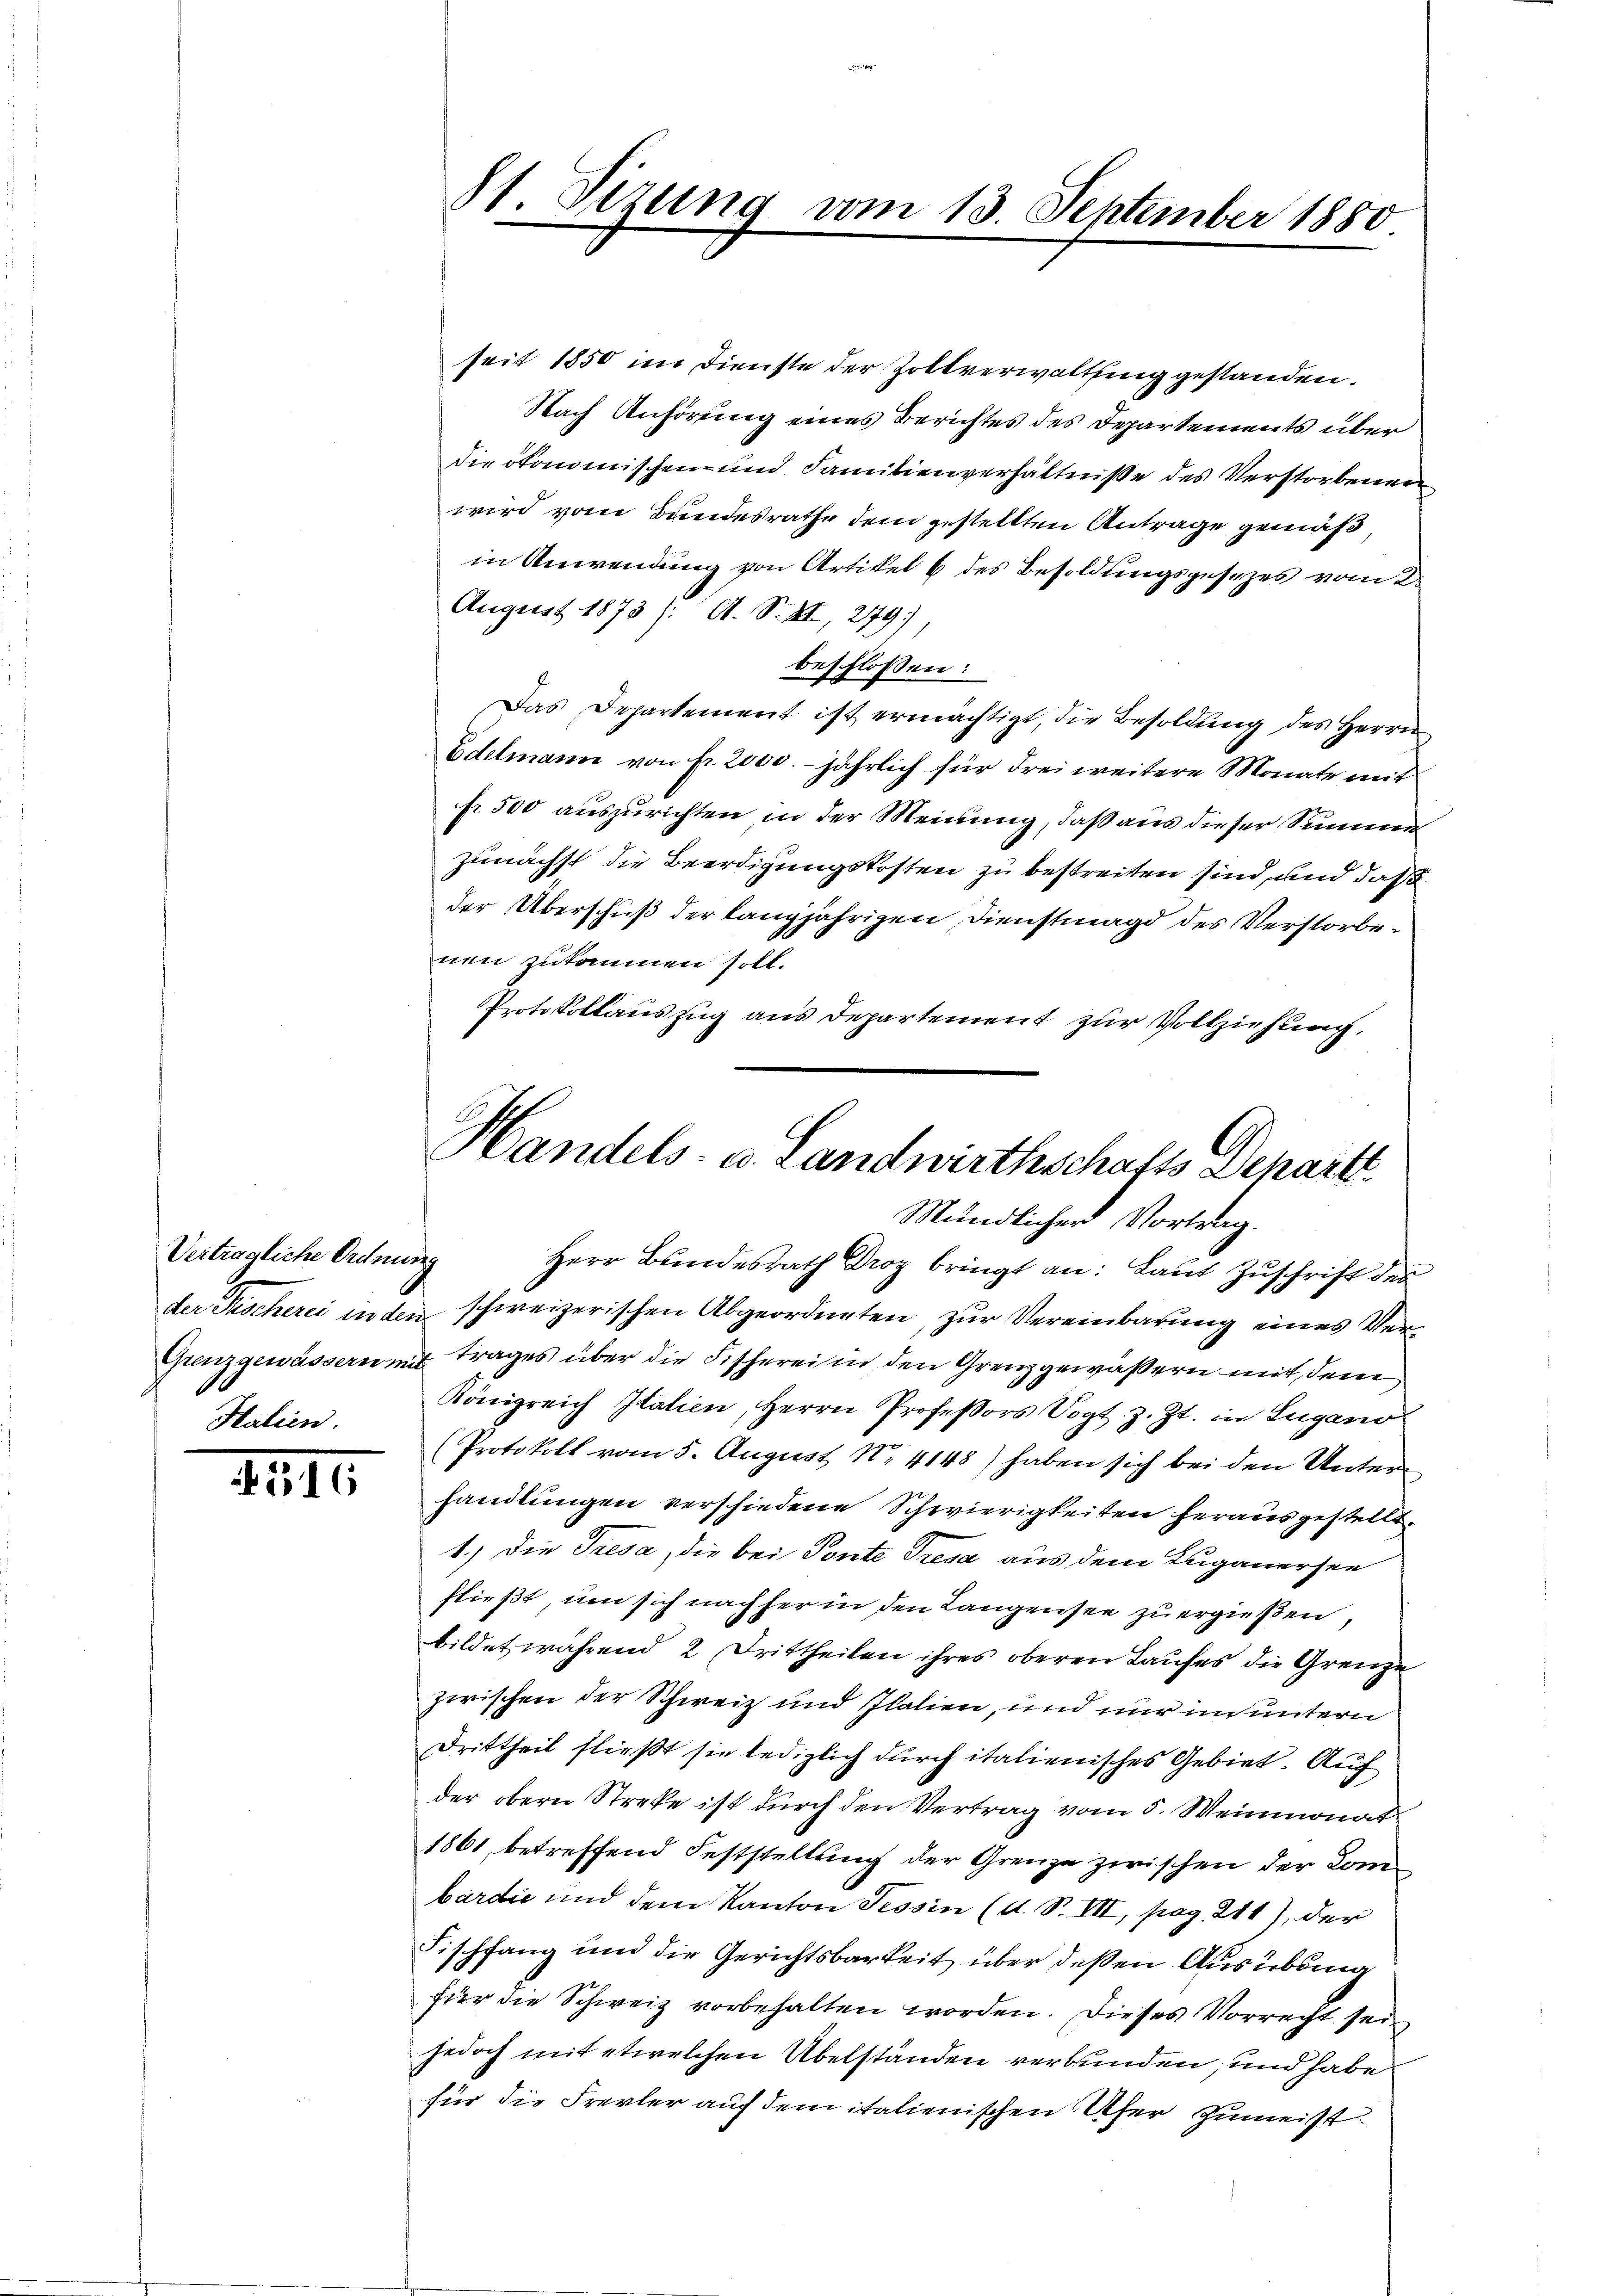
Vertragliche Ordnung
Stalien.

111.

seit 1850 im Dienste der Zollverwaltung gestanden.
Nach Anhörung eines Berichtes des Departements über
die ökonomischen- und Familienverhältniße des Verstorbenen
wird vom Bandesrathe dem gestellten Antrage gemäß,
in Anwendung von Artikel 6 des Besoldungsgesetzes vom 2.
August 1873 /: A. S. XI, 279)
beschlossen:
Das Departement ist ermächtigt, die Besoldŭng des Herrn
Edelmann von fr. 2000. jährlich für drei weitere Monate mit
fr. 500 auszurichten in der Meinung, daß aus dieser Summer
zunächst die Beerdigungskosten zu bestreiten sind, und daß
der Überschuß der langjährigen Dienstmagd des Verstorbenen zukommen soll.
Protokollauszug aus Departement zur Vollziehung,
.
der Tischerei in den schweizerischen Abgeordneten, zur Vereinbarung eines Ver¬
Grenzgewässern mit trages über die Fischerei in den Grenzgewäßern mit dem
Königreich Italien, Herrn Profeßors Vogt z. Zt. in Lugano
(Protokoll vom 5. August No. 4148) haben sich bei den Unterhandlungen verschiedene Schwierigkeiten herausgestellt.
1.) Die Tresa, die bei Ponte Tresa aus dem Luganersee
fließt, um sich nachher in den Langensee zu ergießen,
bildet während 2 Drittheilen ihres oberen Laufes die Grenze
zwischen der Schweiz und Italien, und nur in untern
Drittheil fließt sie lediglich durch italienisches Gebiet. Auf
der obern Streke ist durch den Vertrag vom 5. Weinmonat
1861, betreffend Feststellung der Grenze zwischen der Combardić und dem Kanton Tessin (d. S. VII, pag. 211), der
Fischfang und die Gerichtsbarkeit über deßen Ausübung
für die Schweiz vorbehalten worden. Dieses Vorrecht sei
jedoch mit etwelchen Übelständen verbunden, und habe
für die Frevler auf dem italienischen Ufer zumeist

11. Sizung vom 13. September 1880

Handels- u. Landwirthschafts Departe
Mündlicher Vortrag.